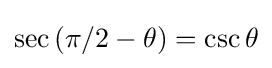
\sec \left(\pi /2-\theta \right)=\csc \theta